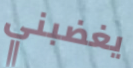
يغضبني